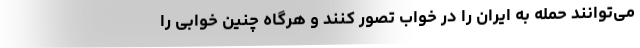
می‌توانند حمله به ایران را در خواب تصور کنند و هرگاه چنین خوابی را